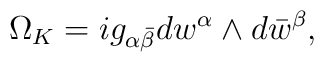
\Omega_K=i g_{\alpha\bar \beta}dw^{\alpha} \wedge d\bar w^{\beta},